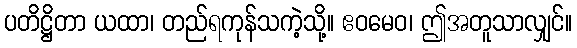
ပတိဋ္ဌိတာ ယထာ၊ တည်ရကုန်သကဲ့သို့။ ဧဝမေဝ၊ ဤအတူသာလျှင်။